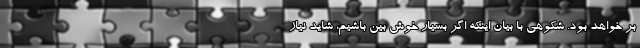
بر خواهد بود. شکوهی با بیان اینکه اگر بسیار خوش بین باشیم، شاید نیاز